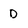
Character: D